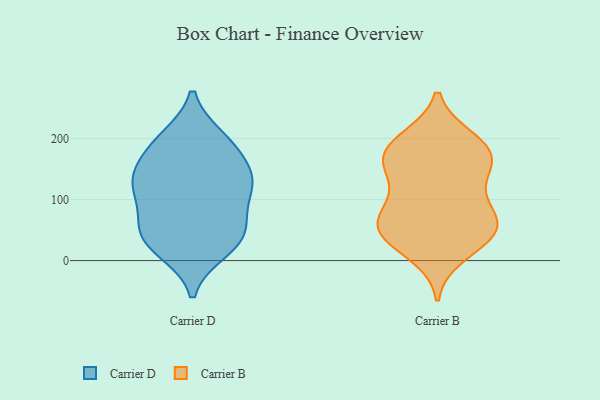
{"axis": {"x": "Population (Million)", "y": "Value"}, "legend": ["Carrier B", "Carrier D"], "data": [{"x": "", "y": 36, "type": "Carrier D"}, {"x": "", "y": 17, "type": "Carrier D"}, {"x": "", "y": 192, "type": "Carrier D"}, {"x": "", "y": 66, "type": "Carrier D"}, {"x": "", "y": 62, "type": "Carrier D"}, {"x": "", "y": 109, "type": "Carrier D"}, {"x": "", "y": 26, "type": "Carrier D"}, {"x": "", "y": 43, "type": "Carrier D"}, {"x": "", "y": 192, "type": "Carrier D"}, {"x": "", "y": 145, "type": "Carrier D"}, {"x": "", "y": 150, "type": "Carrier D"}, {"x": "", "y": 126, "type": "Carrier D"}, {"x": "", "y": 127, "type": "Carrier D"}, {"x": "", "y": 200, "type": "Carrier D"}, {"x": "", "y": 120, "type": "Carrier D"}, {"x": "", "y": 135, "type": "Carrier B"}, {"x": "", "y": 193, "type": "Carrier B"}, {"x": "", "y": 188, "type": "Carrier B"}, {"x": "", "y": 55, "type": "Carrier B"}, {"x": "", "y": 144, "type": "Carrier B"}, {"x": "", "y": 85, "type": "Carrier B"}, {"x": "", "y": 41, "type": "Carrier B"}, {"x": "", "y": 166, "type": "Carrier B"}, {"x": "", "y": 199, "type": "Carrier B"}, {"x": "", "y": 39, "type": "Carrier B"}, {"x": "", "y": 86, "type": "Carrier B"}, {"x": "", "y": 50, "type": "Carrier B"}, {"x": "", "y": 172, "type": "Carrier B"}, {"x": "", "y": 161, "type": "Carrier B"}, {"x": "", "y": 77, "type": "Carrier B"}, {"x": "", "y": 49, "type": "Carrier B"}, {"x": "", "y": 11, "type": "Carrier B"}]}